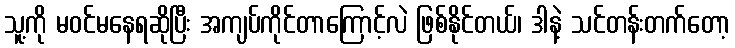
သူ့ကို မဝင်မနေရဆိုပြီး အကျပ်ကိုင်တာကြောင့်လဲ ဖြစ်နိုင်တယ်၊ ဒါနဲ့ သင်တန်းတက်တော့